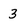
Character: 3